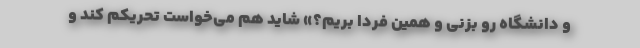
و دانشگاه رو بزنی و همین فردا بریم؟» شاید هم می‌خواست تحریکم کند و